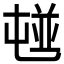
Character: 𡴢